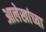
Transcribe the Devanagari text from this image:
आलेखांच्या